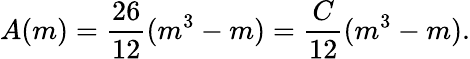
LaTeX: A(m)=\frac{26}{12}(m^{3}-m)=\frac{C}{12}(m^{3}-m).